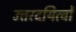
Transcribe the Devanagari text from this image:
उत्तरदयित्वों